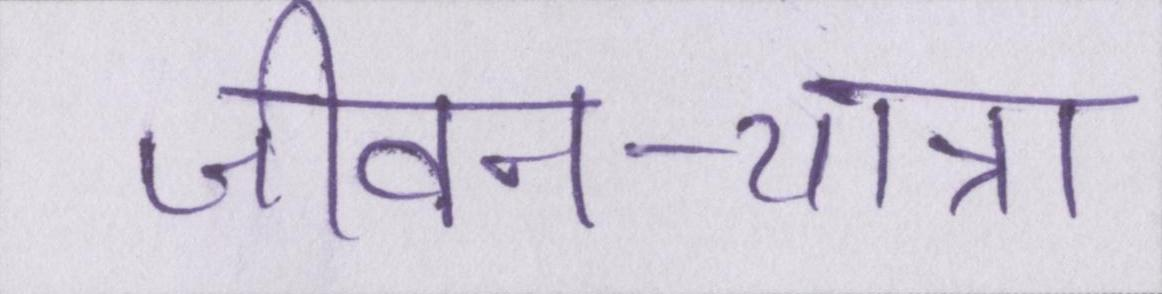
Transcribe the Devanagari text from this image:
जीवन-यात्रा